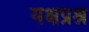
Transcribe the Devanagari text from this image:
यक्षप्रश्न